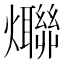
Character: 𤒤